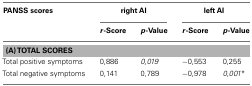
<table><thead><tr><td><b>PANSS scores</b></td><td colspan="2"><b>right AI</b></td><td colspan="2"><b>left AI</b></td></tr><tr><td>[EMPTY_CELL]</td><td><b><i>r</i>-Score</b></td><td><b><i>p</i>-Value</b></td><td><b><i>r</i>-Score</b></td><td><b><i>p</i>-Value</b></td></tr></thead><tbody><tr><td colspan="5"><b>(A) TOTAL SCORES</b></td></tr><tr><td>Total positive symptoms</td><td>0,886</td><td><i>0,019</i></td><td>−0,553</td><td>0,255</td></tr><tr><td>Total negative symptoms</td><td>0,141</td><td>0,789</td><td>−0,978</td><td><i>0,001</i>*</td></tr></tbody></table>